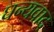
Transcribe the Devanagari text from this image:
घन्यवाद